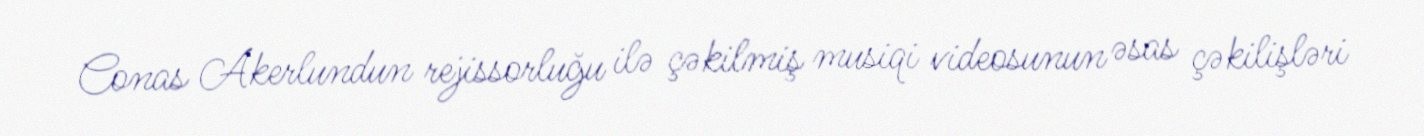
Conas Akerlundun rejissorluğu ilə çəkilmiş musiqi videosunun əsas çəkilişləri